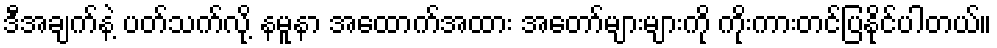
ဒီအချက်နဲ့ ပတ်သက်လို့ နမူနာ အထောက်အထား အတော်များများကို ကိုးကားတင်ပြနိုင်ပါတယ်။